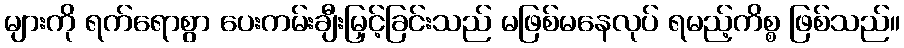
များကို ရက်ရောစွာ ပေးကမ်းချီးမြှင့်ခြင်းသည် မဖြစ်မနေလုပ် ရမည့်ကိစ္စ ဖြစ်သည်။